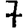
Digit: 7